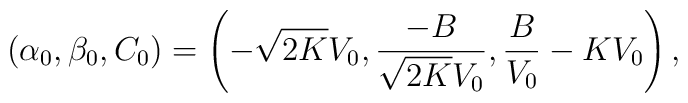
(\alpha_0, \beta_0, C_0)=\left(-\sqrt{2K}V_0, \frac{-B}{\sqrt{2K}V_0},\frac{B}{V_0}-KV_0\right),